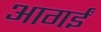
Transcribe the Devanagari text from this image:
आगईं